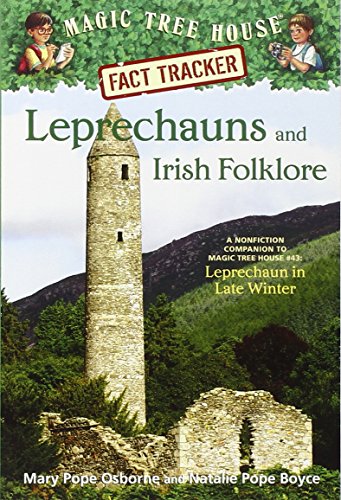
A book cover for Magic Tree House Fact Tracker #21: Leprechauns and Irish Folklore: A Nonfiction Companion to Magic Tree House #43: Leprechaun in Late Winter; Mary Pope Osborne; Children's Books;